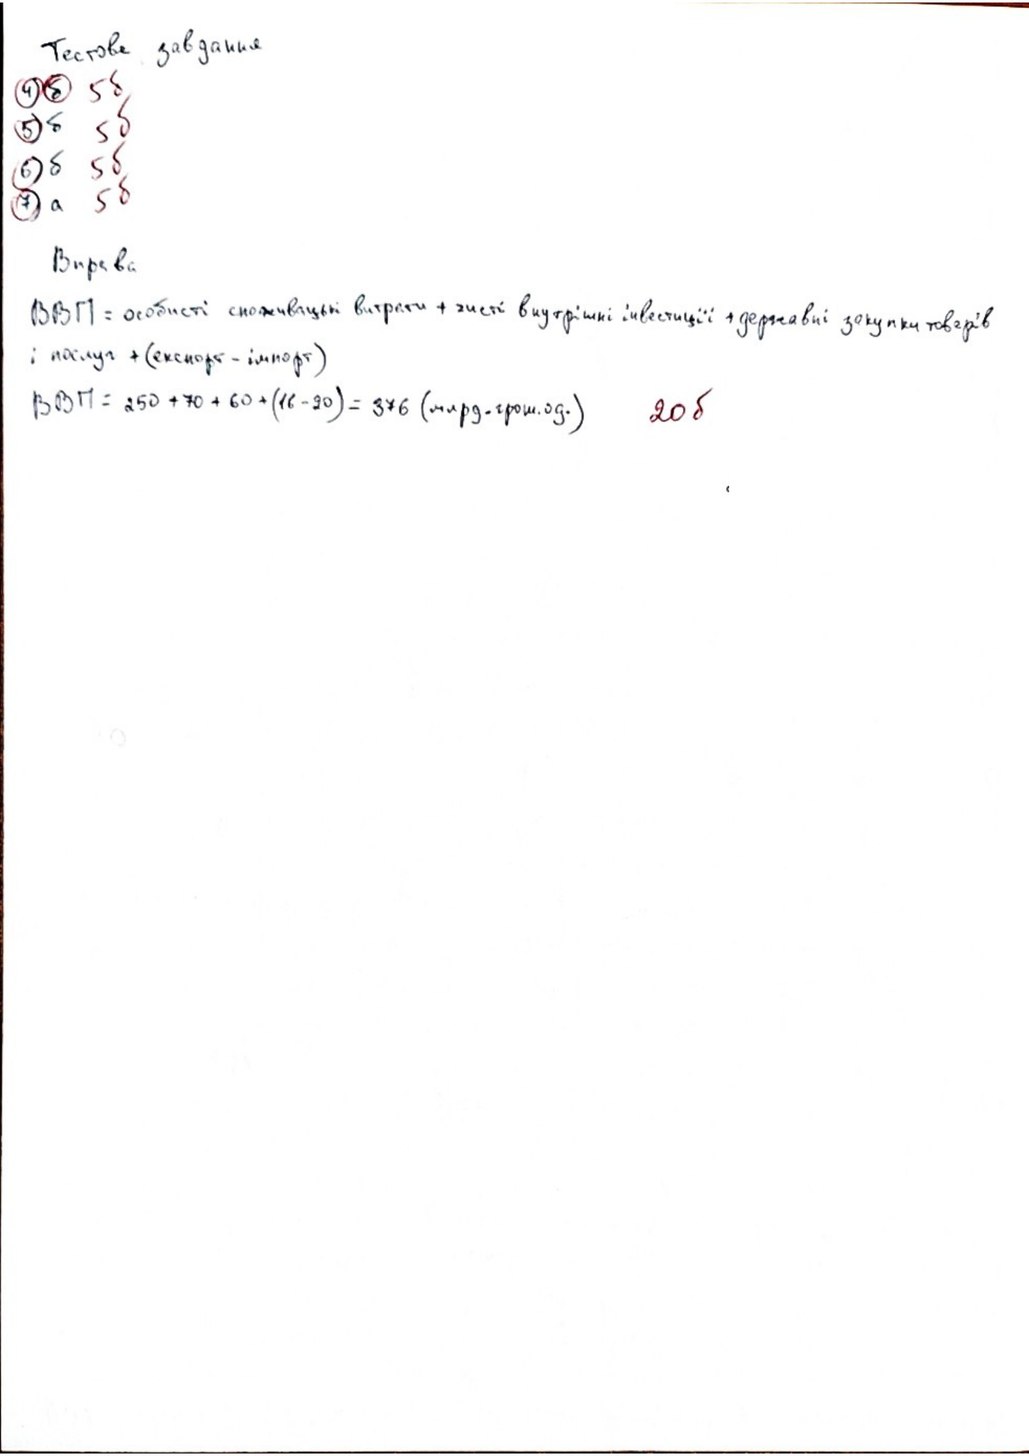
Тестове завдання
4)б 5б
(5) б 5б
6)б 5б
7) a 5б
Вправа
ВВП = особисті споживацькі витрати + чисті внутрішні інвестиції + державні закупки товарів
і послуг + (експорт - імпорт)
ВВП = 250 + 70 + 60 + (16 - 20) = 376 (млрд. грош. од.)
20 б